Vaccination in the Punjab 1867-1880 - 1867-1880
Year: 1867
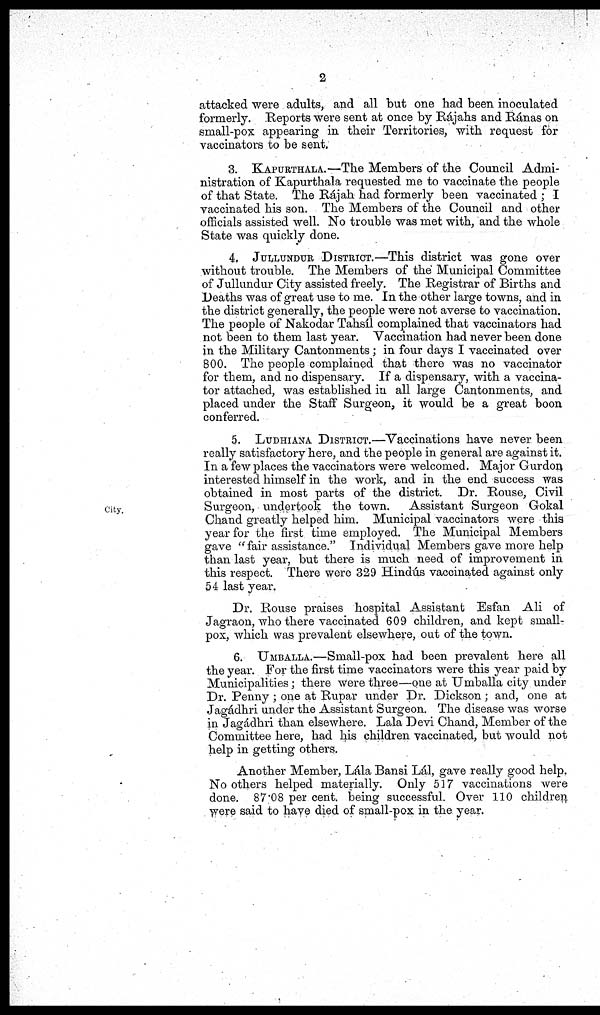
2
attacked were adults, and all but one had been inoculated
formerly. Reports were sent at once by Rájahs and Ránas on
small-pox appearing in their Territories, with request for
vaccinators to be sent.
3. KAPURTHALA.—The Members of the Council Admi-
nistration of Kapurthala requested me to vaccinate the people
of that State. The Rájah had formerly been vaccinated ; I
vaccinated his son. The Members of the Council and other
officials assisted well. No trouble was met with, and the whole
State was quickly done.
4. JULLUNDER DISTRICT.—This district was gone over
without trouble. The Members of the Municipal Committee
of Jullundur City assisted freely. The Registrar of Births and
Deaths was of great use to me. In the other large towns, and in
the district generally, the people were not averse to vaccination.
The people of Nakodar Tahsíl complained that vaccinators had
not been to them last year. Vaccination had never been done
in the Military Cantonments; in four days I vaccinated over
800. The people complained that there was no vaccinator
for them, and no dispensary. If a dispensary, with a vaccina-
tor attached, was established in all large Cantonments, and
placed under the Staff Surgeon, it would be a great boon
conferred.
City.
5. LUDHIANA DISTRICT.— Vaccinations have never been
really satisfactory here, and the people in general are against it.
In a few places the vaccinators were welcomed. Major Gurdon
interested himself in the work, and in the end success was
obtained in most parts of the district. Dr. Rouse, Civil
Surgeon, undertook the town. Assistant Surgeon Gokal
Chand greatly helped him. Municipal vaccinators were this
year for the first time employed. The Municipal Members
gave " fair assistance." Individual Members gave more help
than last year, but there is much need of improvement in
this respect. There were 329 Hindús vaccinated against only
54 last year.
Dr. Rouse praises hospital Assistant Esfan Ali of
Jagraon, who there vaccinated 609 children, and kept small-
pox, which was prevalent elsewhere, out of the town.
6. UMBALLA.—Small-pox had been prevalent here all
the year. For the first time vaccinators were this year paid by
Municipalities; there were three—one at Umballa city under
Dr. Penny ; one at Rupar under Dr. Dickson; and, one at
Jagádhri under the Assistant Surgeon. The disease was worse
in Jagádhri than elsewhere. Lala Devi Chand, Member of the
Committee here, had his children vaccinated, but would not
help in getting others.
Another Member, Lála Bansi Lál, gave really good help.
No others helped materially. Only 517 vaccinations were
done. 87.08 per cent. being successful. Over 110 children
were said to have died of small-pox in the year.